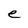
Character: e